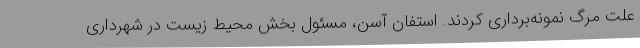
علت مرگ نمونه‌برداری کردند. استفان آسن، مسئول بخش محیط زیست در شهرداری